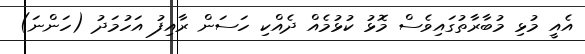
އެއީ މުޅި މުބާރާތުގައިވެސް މޮޅު ކުޅުމެއް ދެއްކި ހަސަން ރާއިފު އަހުމަދު (ހަންނަ)